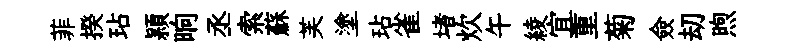
菲揆玷頴晌丞索蘇芙塗玷雀堵炊午綾宜重菊僉刧煦